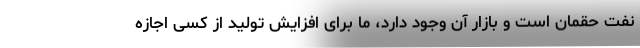
نفت حقمان است و بازار آن وجود دارد، ما برای افزایش تولید از کسی اجازه